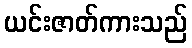
ယင်းဇာတ်ကားသည်